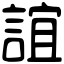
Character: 誼